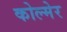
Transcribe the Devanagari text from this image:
कोल्मेर